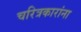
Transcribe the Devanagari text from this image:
चरित्रकारांना